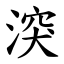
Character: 湥